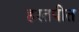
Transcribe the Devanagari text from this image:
हरतपीत